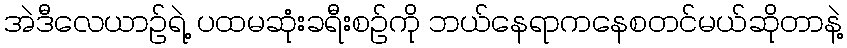
အဲဒီလေယာဉ်ရဲ့ ပထမဆုံးခရီးစဉ်ကို ဘယ်နေရာကနေစတင်မယ်ဆိုတာနဲ့